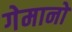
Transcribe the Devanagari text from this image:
गेमानो